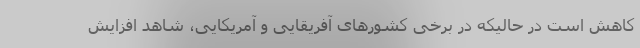
کاهش است در حالیکه در برخی کشورهای آفریقایی و آمریکایی، شاهد افزایش